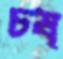
চষ্‌